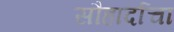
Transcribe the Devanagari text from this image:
सौहार्दाचा